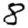
Digit: 8